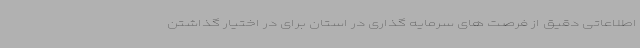
اطلاعاتی دقیق از فرصت های سرمایه گذاری در استان برای در اختیار گذاشتن